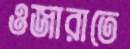
ওজারাতে